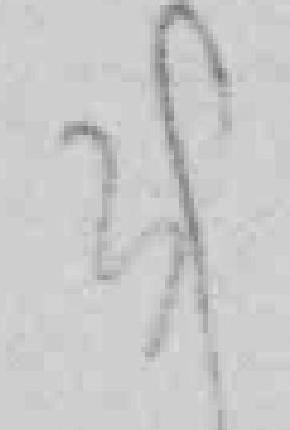
39